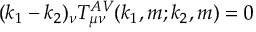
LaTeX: ( k _ { 1 } - k _ { 2 } ) _ { \nu } T _ { \mu \nu } ^ { A V } ( k _ { 1 } , m ; k _ { 2 } , m ) = 0